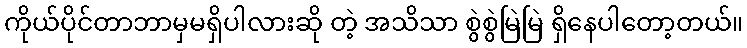
ကိုယ်ပိုင်တာဘာမှမရှိပါလားဆို တဲ့ အသိသာ စွဲစွဲမြဲမြဲ ရှိနေပါတော့တယ်။